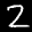
Label: 2